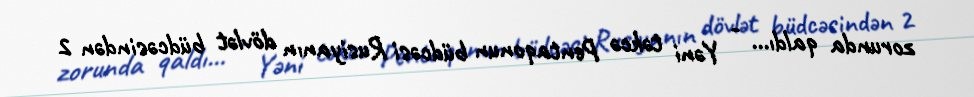
zorunda qaldı... - Yəni təkcə Pentaqonun büdcəsi Rusiyanın dövlət büdcəsindən 2